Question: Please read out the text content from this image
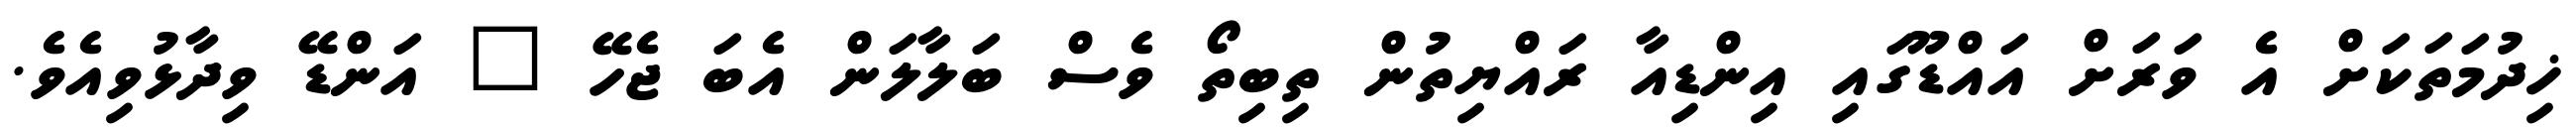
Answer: ޚިދުމަތަކަށް އެ ވަރަށް އައްޑޫގައި އިންޑިއާ ރައްޔިތުން ތިބިތޯ ވެސް ބަލާލަން އެބަ ޖެހޭ " އަންޑޭ ވިދާޅުވިއެވެ.